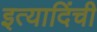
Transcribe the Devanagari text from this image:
इत्यादिंची